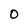
Character: 0